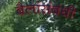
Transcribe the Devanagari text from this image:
बैलांसंबंधी